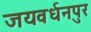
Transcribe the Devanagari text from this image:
जयवर्धनपुर